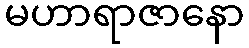
မဟာရာဇာနော